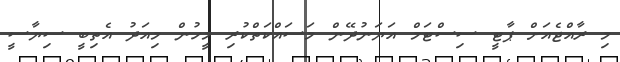
މި ރާއްޖެއަށް ޕާޓީ ސިސްޓަމް އަޔަނުދޭން މަސައްކަތްކުރި މީހުން މިއަދު އެތިބީ ސިޔާސީ